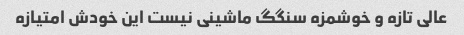
عالی تازه و خوشمزه سنگگ ماشینی نیست این خودش امتیازه